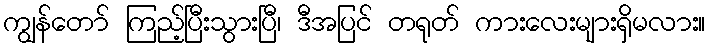
ကျွန်တော် ကြည့်ပြီးသွားပြီ၊ ဒီအပြင် တရုတ် ကားလေးများရှိမလား။